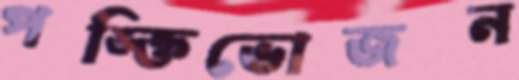
পঙ্‌ক্তিভোজন